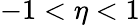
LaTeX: -1<\eta<1